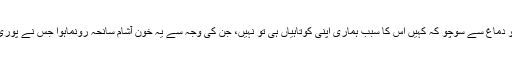
اس لئے ٹھنڈے دل و دماغ سے سوچو کہ کہیں اس کا سبب ہماری اپنی کوتاہیاں ہی تو نہیں، جن کی وجہ سے یہ خون آشام سانحہ رونماہوا جس نے پوری قوم کو رُلا دیاہے۔